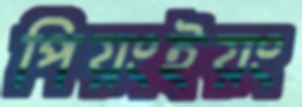
পিয়ংইয়ং